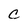
Character: C